Report of the Indian Hemp Drugs Commission, 1894-1895 - Volume V
Year: 1894
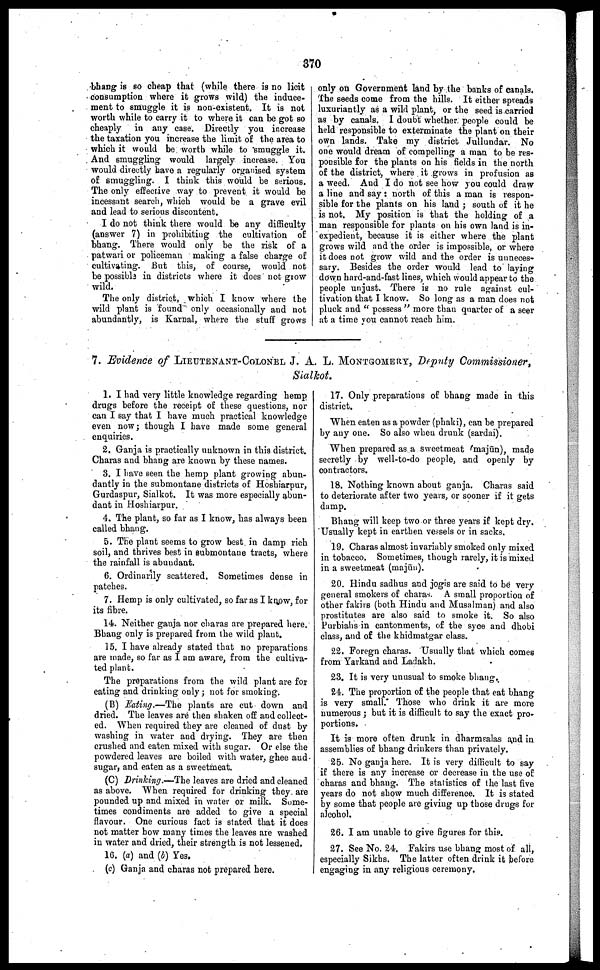
370
bhang is so cheap that (while there is no licit
consumption where it grows wild) the induce
ment to smuggle it is non-existent. It is not
worth while to carry it to where it can be got so
cheaply in any case. Directly you increase
the taxation you increase the limit of the area to
which it would be worth while to smuggle it.
And smuggling would largely increase. You
would directly have a regularly organised system
of smuggling. I think this would be serious.
The only effective way to prevent it would be
incessant search, which would be a grave evil
and lead to serious discontent.
I do not think there would be any difficulty
(answer 7) in prohibiting the cultivation of
bhang. There would only be the risk of a
patwari or policeman making a false charge of
cultivating. But this, of course, would not
be possible in districts where it does not grow
wild.
The only district, which I know where the
wild plant is found only occasionally and not
abundantly, is Karnal, where the stuff grows
only on Government land by the banks of canals.
The seeds come from the hills. It either spreads
luxuriantly as a wild plant, or the seed is carried
as by canals. I doubt whether people could be
held responsible to exterminate the plant on their
own lands. Take my district Jullundar. No
one would dream of compelling a man to be res
ponsible for the plants on his fields in the north
of the district, where it grows in profusion as
a weed. And I do not see how you could draw
a line and say : north of this a man is respon
sible for the plants on his land ; south of it he
is not. My position is that the holding of a
man responsible for plants on his own land is in
expedient, because it is either where the plant
grows wild and the order is impossible, or where
it does not grow wild and the order is unneces
sary. Besides the order would lead to laying
down hard-and-fast lines, which would appear to the
people unjust. There is no rule against cul
tivation that I know. So long as a man does not
pluck and "possess" more than quarter of a seer
at a time you cannot reach him.
7. Evidence of LIEUTENANT-COLONEL J. A. L. MONTGOMERY, Deputy Commissioner,
Sialkot.
1. I had very little knowledge regarding hemp
drugs before the receipt of these questions, nor
can I say that I have much practical knowledge
even now; though I have made some general
enquiries.
2. Ganja is practically unknown in this district.
Charas and bhang are known by these names.
3. I have seen the hemp plant growing abun
dantly in the submontane districts of Hoshiarpur,
Gurdaspur, Sialkot. It was more especially abun
dant in Hoshiarpur.
4. The plant, so far as I know, has always been
called bhang.
5. The plant seems to grow best in damp rich
soil, and thrives best in submontane tracts, where
the rainfall is abundant.
6. Ordinarily scattered. Sometimes dense in
patches.
7. Hemp is only cultivated, so far as I know, for
its fibre.
14. Neither ganja nor charas are prepared here.
Bhang only is prepared from the wild plant.
15. I have already stated that no preparations
are made, so far as I am aware, from the cultiva
ted plant.
The preparations from the wild plant are for
eating and drinking only ; not for smoking.
(B) Eating.—The plants are cut down and
dried. The leaves are then shaken off and collect
ed. When required they are cleaned of dust by
washing in water and drying. They are then
crushed and eaten mixed with sugar. Or else the
powdered leaves are boiled with water, ghee and
sugar, and eaten as a sweetmeat.
(C) Drinking.—The leaves are dried and cleaned
as above. When required for drinking they are
pounded up and mixed in water or milk. Some
times condiments are added to give a special
flavour. One curious fact is stated that it does
not matter how many times the leaves are washed
in water and dried, their strength is not lessened.
1G. (a) and (b) Yes.
(c) Ganja and charas not prepared here.
17. Only preparations of bhang made in this
district.
When eaten as a powder (phaki), can be prepared
by any one. So also when drunk (sardai).
When prepared as a sweetmeat majūn), made
secretly by well-to-do people, and openly by
contractors.
18. Nothing known about ganja. Charas said
to deteriorate after two years, or sooner if it gets
damp.
Bhang will keep two or three years if kept dry.
Usually kept in earthen vessels or in sacks.
19. Charas almost invariably smoked only mixed
in tobacco. Sometimes, though rarely, it is mixed
in a sweetmeat (majūn).
20. Hindu sadhus and jogis are said to be very
general smokers of charas. A small proportion of
other fakirs (both Hindu and Musalman) and also
prostitutes are also said to smoke it. So also
Purbiahs in cantonments, of the syce and dhobi
class, and of the khidmatgar class.
22. Foregn charas. Usually that which comes
from Yarkand and Ladakh.
23. It is very unusual to smoke bhang.
24. The proportion of the people that eat bhang
is very small. Those who drink it are more
numerous ; but it is difficult to say the exact pro
portions.
It is more often drunk in dharmsalas and in
assemblies of bhang drinkers than privately.
25. No ganja here. It is very difficult to say
if there is any increase or decrease in the use of
charas and bhang. The statistics of the last five
years do not show much difference. It is stated
by some that people are giving up those drugs for
alcohol.
26. I am unable to give figures for this.
27. See No. 24. Fakirs use bhang most of all,
especially Sikhs. The latter often drink it before
engaging in any religious ceremony.